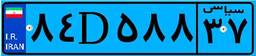
۸۴D۵۸۸۳۷